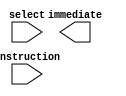
module immediate_extractor (input [7:0] instruction, input [1:0] select, output reg [7:0] immediate);



endmodule